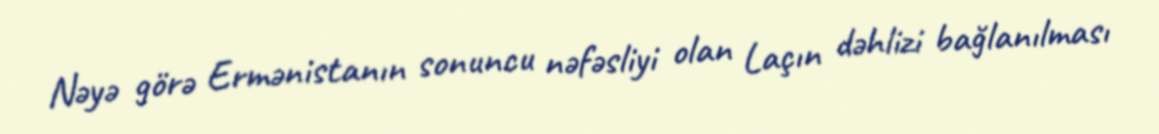
Nəyə görə Ermənistanın sonuncu nəfəsliyi olan Laçın dəhlizi bağlanılması